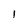
Character: I